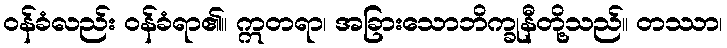
ဝန်ခံလည်း ဝန်ခံရာ၏။ ဣတရာ၊ အခြားသောဘိက္ခုနီတို့သည်။ တဿာ၊